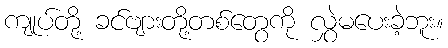
ကျုပ်တို့ ခင်ဗျားတို့တစ်တွေကို လွှဲမပေးခဲ့ဘူး။